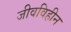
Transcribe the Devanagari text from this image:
जीवविहीन